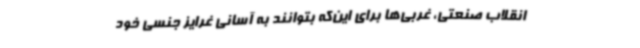
انقلاب صنعتی، غربی‌ها برای این‌که بتوانند به آسانی غرایز جنسی خود